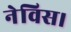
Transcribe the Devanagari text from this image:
नेविस।